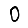
Digit: 0